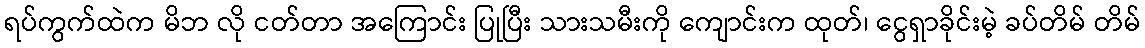
ရပ်ကွက်ထဲက မိဘ လို ငတ်တာ အကြောင်း ပြုပြီး သားသမီးကို ကျောင်းက ထုတ်၊ ငွေရှာခိုင်းမဲ့ ခပ်တိမ် တိမ်